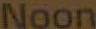
Noon